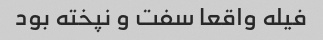
فیله واقعا سفت و نپخته بود